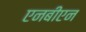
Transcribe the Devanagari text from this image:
एनबीएन